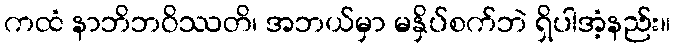
ကထံ နာဘိဘဝိဿတိ၊ အဘယ်မှာ မနှိပ်စက်ဘဲ ရှိပါအံ့နည်း။